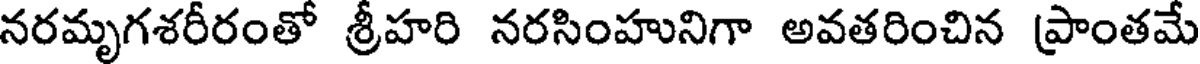
నరమృగశరీరంతో శ్రీహరి నరసింహునిగా అవతరించిన ప్రాంతమే